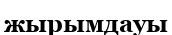
жырымдауы